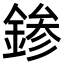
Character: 𨨕